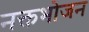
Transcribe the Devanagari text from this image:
नक्तभोजन